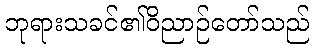
ဘုရားသခင်၏ဝိညာဉ်တော်သည်